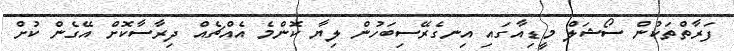
ފަރާތްތަކުން ސޯޝަލް މީޑިއާގައި އިނގެރޭސިބަހުން ލިޔާ ކޮންމެ އެއްޗެއް ދިރާސާކޮށް އޭގެން ކުށް